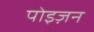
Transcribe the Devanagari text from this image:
पोइज़न